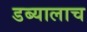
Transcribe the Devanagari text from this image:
डब्यालाच